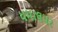
ધમાલપર